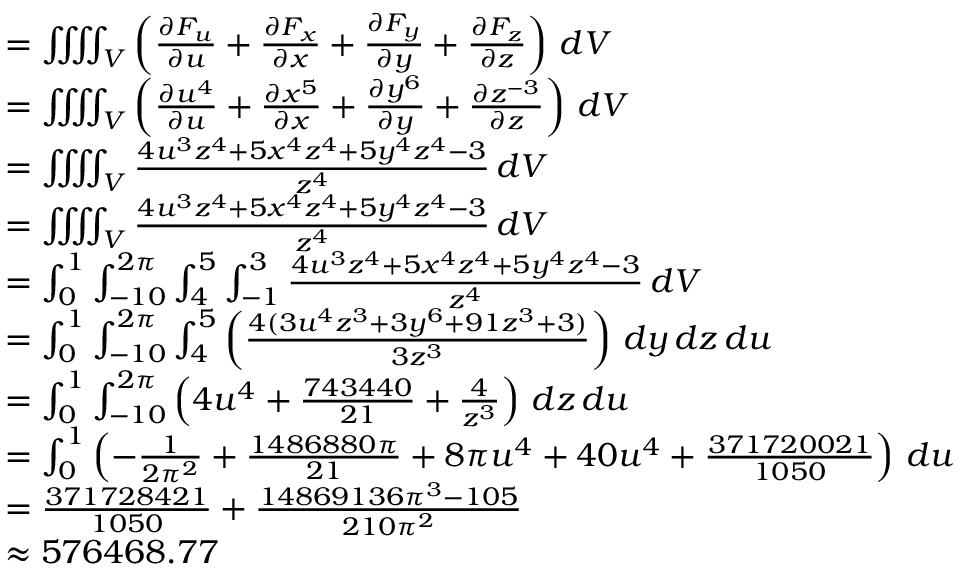
{ \begin{array} { r l } & { = \iiiint _ { V } \left( { \frac { \partial F _ { u } } { \partial u } } + { \frac { \partial F _ { x } } { \partial x } } + { \frac { \partial F _ { y } } { \partial y } } + { \frac { \partial F _ { z } } { \partial z } } \right) \, d V } \\ & { = \iiiint _ { V } \left( { \frac { \partial u ^ { 4 } } { \partial u } } + { \frac { \partial x ^ { 5 } } { \partial x } } + { \frac { \partial y ^ { 6 } } { \partial y } } + { \frac { \partial z ^ { - 3 } } { \partial z } } \right) \, d V } \\ & { = \iiiint _ { V } { \frac { 4 u ^ { 3 } z ^ { 4 } + 5 x ^ { 4 } z ^ { 4 } + 5 y ^ { 4 } z ^ { 4 } - 3 } { z ^ { 4 } } } \, d V } \\ & { = \iiiint _ { V } { \frac { 4 u ^ { 3 } z ^ { 4 } + 5 x ^ { 4 } z ^ { 4 } + 5 y ^ { 4 } z ^ { 4 } - 3 } { z ^ { 4 } } } \, d V } \\ & { = \int _ { 0 } ^ { 1 } \int _ { - 1 0 } ^ { 2 \pi } \int _ { 4 } ^ { 5 } \int _ { - 1 } ^ { 3 } { \frac { 4 u ^ { 3 } z ^ { 4 } + 5 x ^ { 4 } z ^ { 4 } + 5 y ^ { 4 } z ^ { 4 } - 3 } { z ^ { 4 } } } \, d V } \\ & { = \int _ { 0 } ^ { 1 } \int _ { - 1 0 } ^ { 2 \pi } \int _ { 4 } ^ { 5 } \left( { \frac { 4 ( 3 u ^ { 4 } z ^ { 3 } + 3 y ^ { 6 } + 9 1 z ^ { 3 } + 3 ) } { 3 z ^ { 3 } } } \right) \, d y \, d z \, d u } \\ & { = \int _ { 0 } ^ { 1 } \int _ { - 1 0 } ^ { 2 \pi } \left( 4 u ^ { 4 } + { \frac { 7 4 3 4 4 0 } { 2 1 } } + { \frac { 4 } { z ^ { 3 } } } \right) \, d z \, d u } \\ & { = \int _ { 0 } ^ { 1 } \left( - { \frac { 1 } { 2 \pi ^ { 2 } } } + { \frac { 1 4 8 6 8 8 0 \pi } { 2 1 } } + 8 \pi u ^ { 4 } + 4 0 u ^ { 4 } + { \frac { 3 7 1 7 2 0 0 2 1 } { 1 0 5 0 } } \right) \, d u } \\ & { = { \frac { 3 7 1 7 2 8 4 2 1 } { 1 0 5 0 } } + { \frac { 1 4 8 6 9 1 3 6 \pi ^ { 3 } - 1 0 5 } { 2 1 0 \pi ^ { 2 } } } } \\ & { \approx { 5 7 6 4 6 8 . 7 7 } } \end{array} }